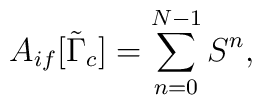
A_{if}[\tilde{\Gamma}_c]=\sum_{n=0}^{N-1}S^n,